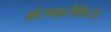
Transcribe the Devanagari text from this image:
मंत्रातील